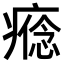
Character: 𤹑